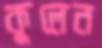
কুলেন